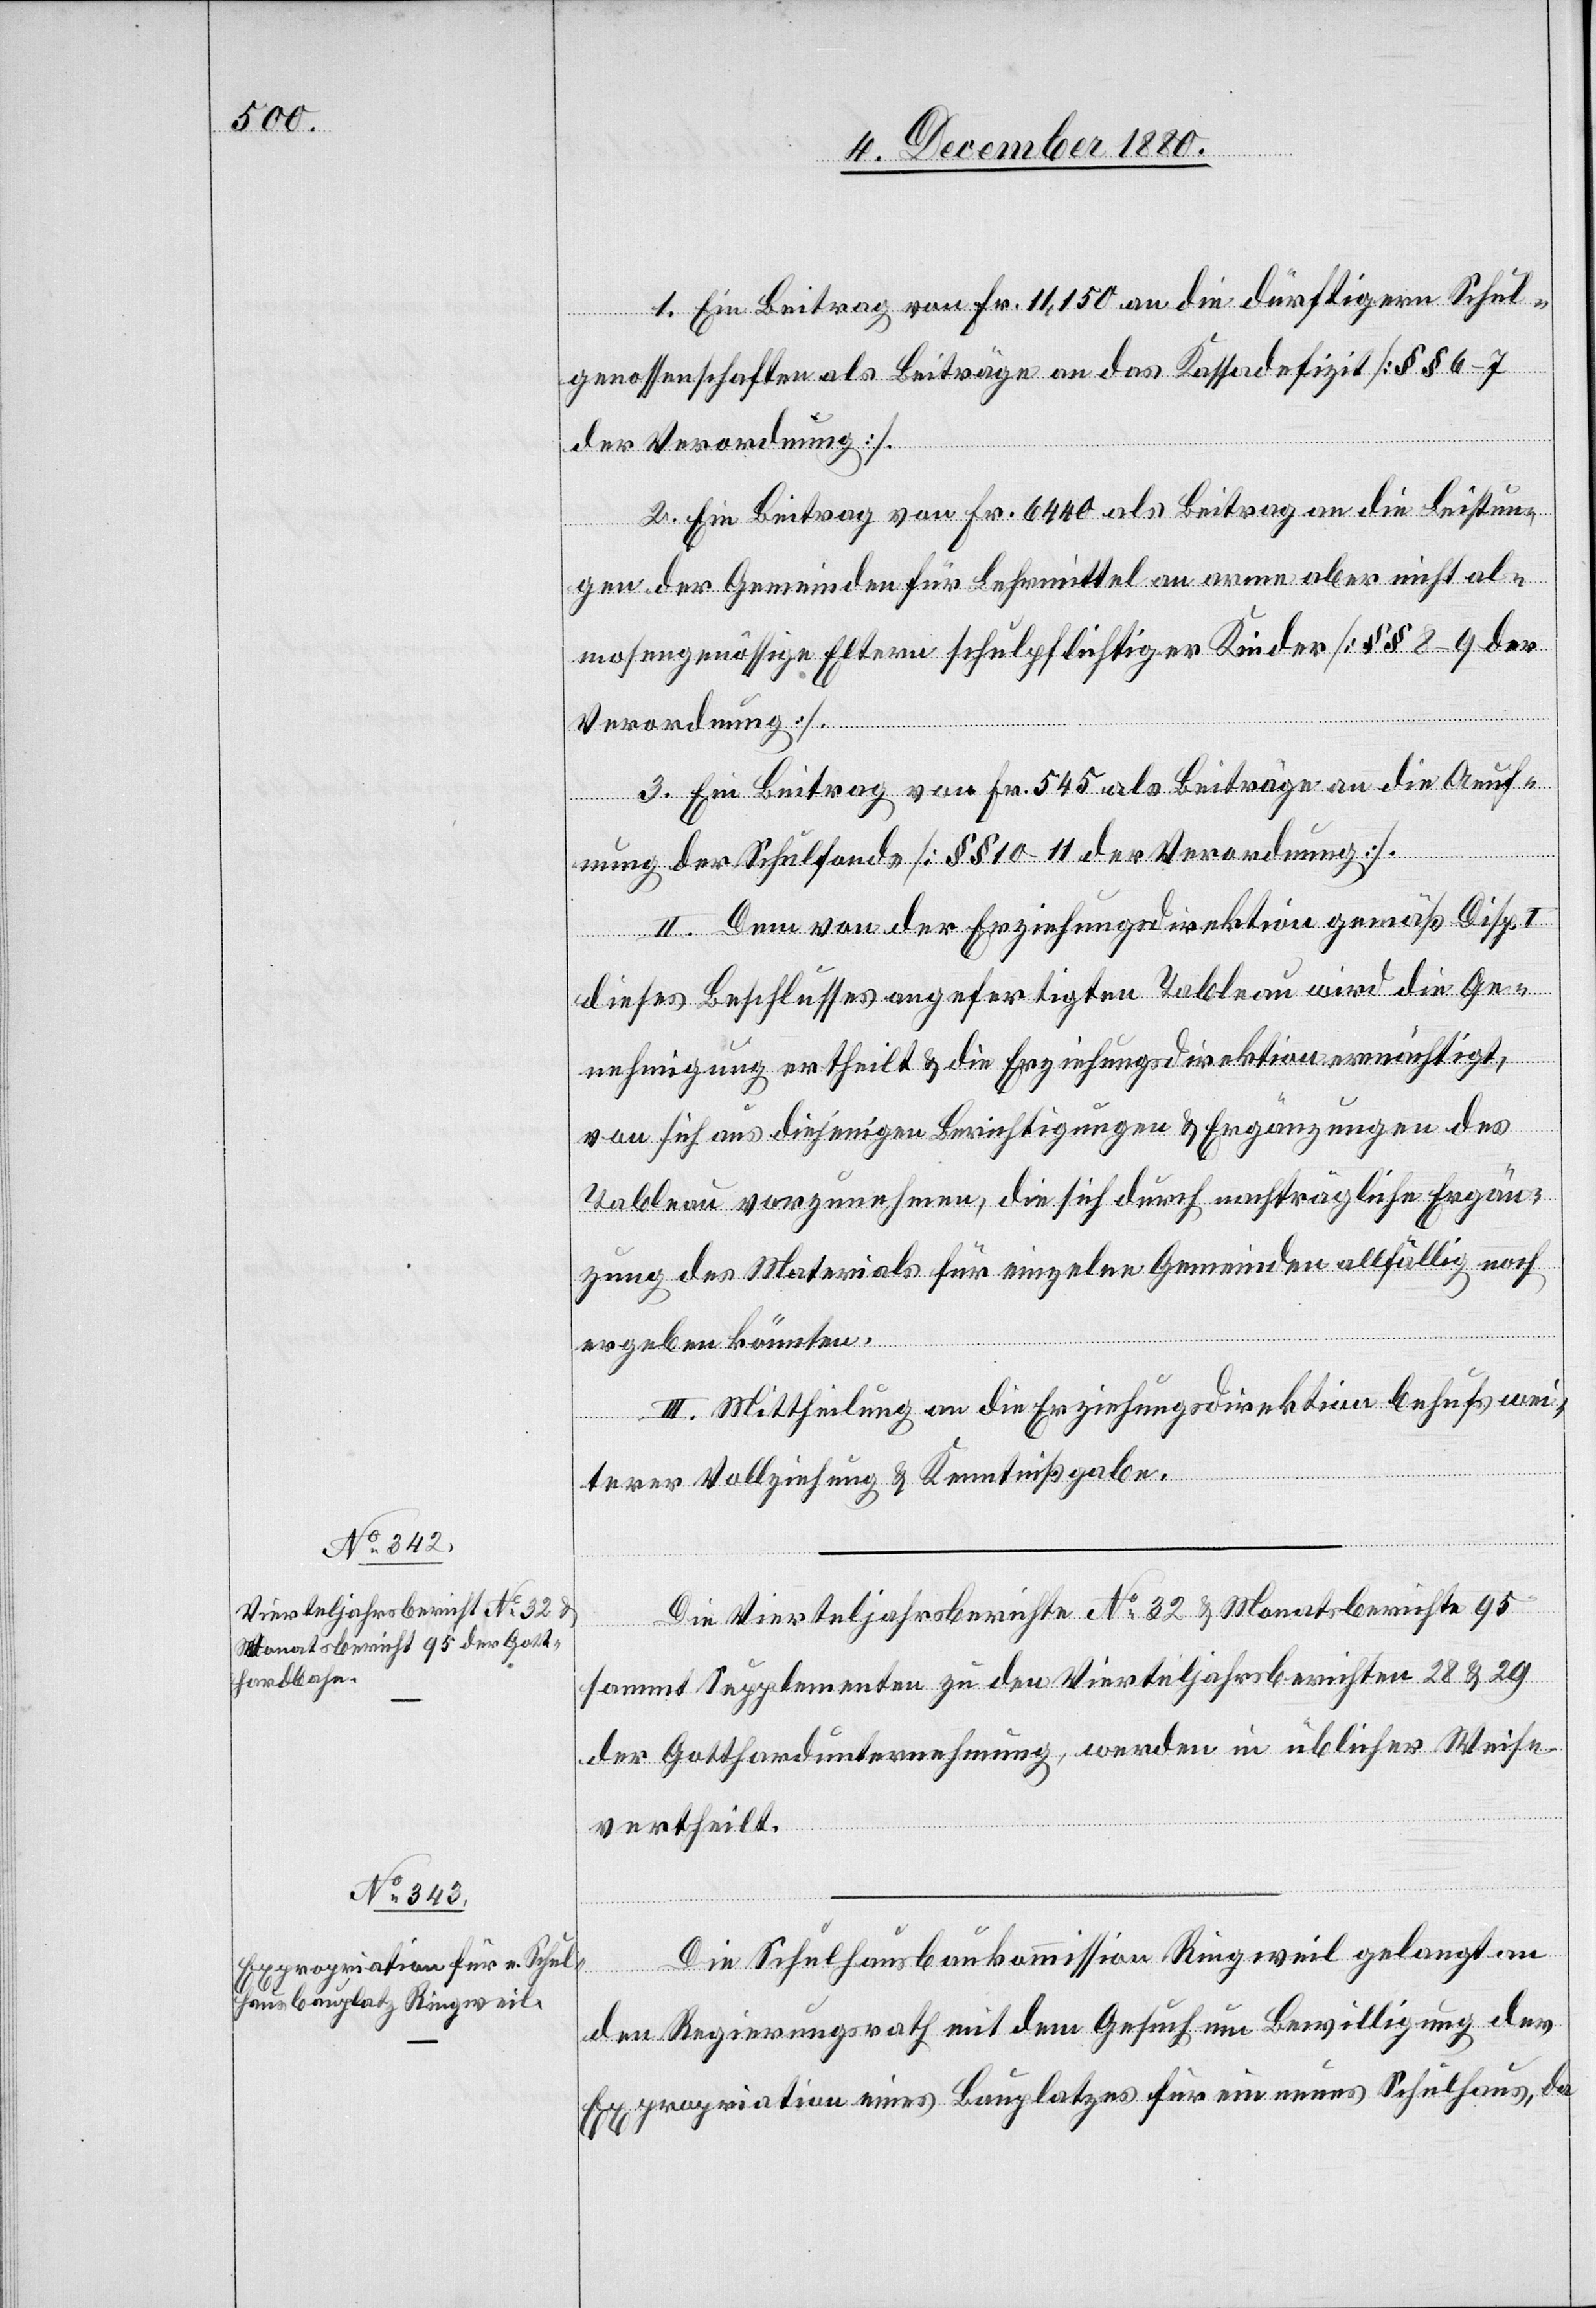
1. Ein Beitrag von Fr. 11,150 an die dürftigern Schul¬
genossenschaften als Beiträge an das Kassadefizit [§§ 6–7
der Verordnung].
2. Ein Beitrag von Fr. 6440 als Beitrag an die Leistun¬
gen der Gemeinden für Lehrmittel an arme aber nicht al¬
mosengenössige Eltern schulpflichtiger Kinder [§§ 8–9 der
Verordnung].
3. Ein Beitrag von Fr. 545 als Beiträge an die Aeuf¬
nung der Schulfonds [§§ 10–11 der Verordnung].
II. Dem von der Erziehungsdirektion gemäß Disp.
dieses Beschlusses angefertigten Tableau wird die Ge¬
nehmigung ertheilt & die Erziehungsdirektion ermächtigt,
von sich aus diejenigen Berichtigungen & Ergänzungen des
Tableau vorzunehmen, die sich durch nachträgliche Ergän¬
zung des Materials für einzelne Gemeinden allfällig noch
ergeben könnten.
III. Mittheilung an die Erziehungsdirektion behufs wei¬
terer Vollziehung & Kenntnißgabe.
Die Vierteljahrsberichte No 32 [sic!] & Monatsberichte 95
sammt Supplementen zu den Vierteljahresberichten 28 & 29
der Gotthardunternehmung, werden in üblicher Weise
vertheilt.
Die Schulhausbaukommission Ringweil gelangt an
den Regierungsrath mit dem Gesuch um Bewilligung der
Expropriation eines Bauplatzes für ein neues Schulhaus, da